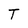
Character: T